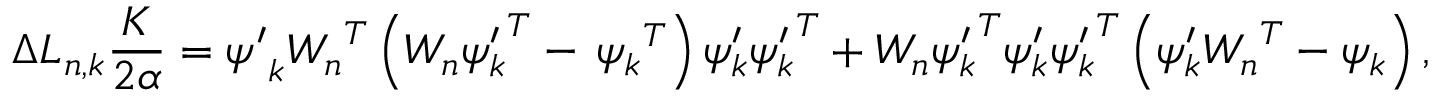
\Delta L _ { n , k } \frac { K } { 2 \alpha } = { \psi ^ { \prime } } _ { k } { W _ { n } } ^ { T } \left( { W _ { n } } { \psi _ { k } ^ { \prime } } ^ { T } - \, { \psi _ { k } } ^ { T } \right) { \psi _ { k } ^ { \prime } } { \psi _ { k } ^ { \prime } } ^ { T } + { W _ { n } } { \psi _ { k } ^ { \prime } } ^ { T } { \psi _ { k } ^ { \prime } } { \psi _ { k } ^ { \prime } } ^ { T } \left( { \psi _ { k } ^ { \prime } } { W _ { n } } ^ { T } - { \psi _ { k } } \right) ,